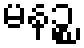
မနဉ္စ